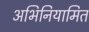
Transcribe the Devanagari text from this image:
अभिनियामित